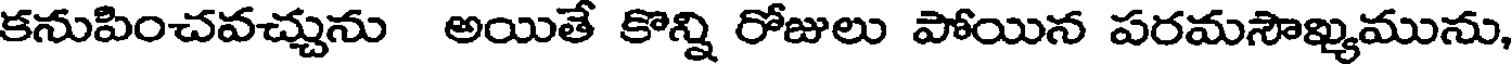
కనుపించవచ్చును అయితే కొన్ని రోజులు పోయిన పరమసౌఖ్యమును,